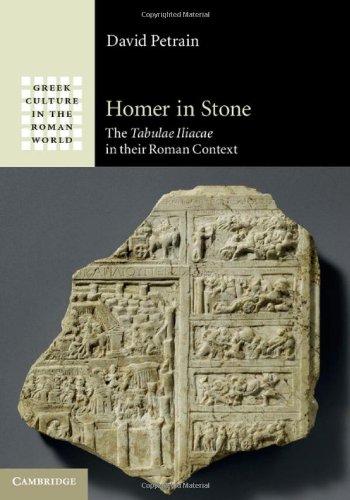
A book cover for Homer in Stone: The Tabulae Iliacae in their Roman Context (Greek Culture in the Roman World); Professor David Petrain; Literature & Fiction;